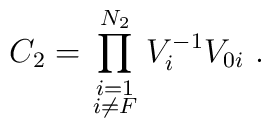
C_2=\prod_{\scriptstyle i=1\atop \scriptstyle i\neq F}^{N_2}V_i^{-1}V_{0i}\ .